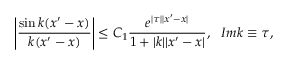
\left| \frac { \sin k ( x ^ { \prime } - x ) } { k ( x ^ { \prime } - x ) } \right| \leq C _ { 1 } \frac { e ^ { | \tau | | x ^ { \prime } - x | } } { 1 + | k | | x ^ { \prime } - x | } , ~ ~ I m k \equiv \tau ,